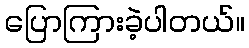
ပြောကြားခဲ့ပါတယ်။